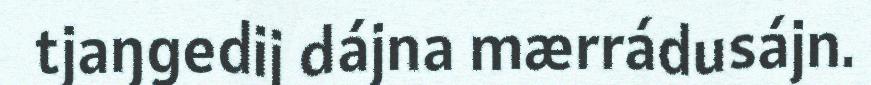
tjaŋgedij dájna mærrádusájn.